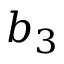
b _ { 3 }